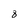
Character: 8